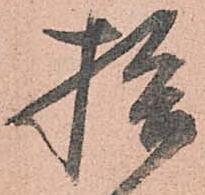
拾